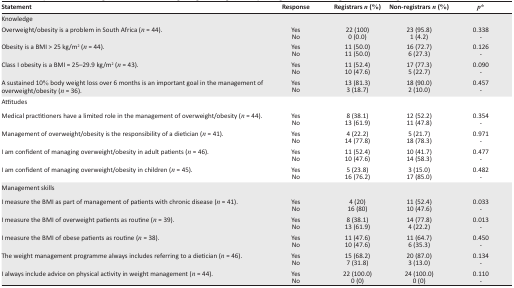
<table><thead><tr><td><b>Statement</b></td><td><b>Response</b></td><td><b>Registrars <i>n</i>(%)</b></td><td><b>Non-registrars <i>n</i>(%)</b></td><td><b><i>p</i>*</b></td></tr></thead><tbody><tr><td>Knowledge</td><td> </td><td> </td><td> </td><td> </td></tr><tr><td>Overweight/obesity is a problem in South Africa ( <i>n</i>= 44).</td><td>YesNo</td><td>22 (100)0(0.0)</td><td>23 (95.8)1(4.2)</td><td>0.338-</td></tr><tr><td>Obesity is a BMI &gt; 25 kg/m<sup>2</sup> ( <i>n</i>= 44).</td><td>YesNo</td><td>11 (50.0)11(50.0)</td><td>16 (72.7)6(27.3)</td><td>0.126-</td></tr><tr><td>Class I obesity is a BMI = 25–29.9 kg/m<sup>2</sup> ( <i>n</i>= 43).</td><td>YesNo</td><td>11 (52.4)10(47.6)</td><td>17 (77.3)5(22.7)</td><td>0.090-</td></tr><tr><td>A sustained 10% body weight loss over 6 months is an important goal in the management of overweight/obesity ( <i>n</i>= 36).</td><td>YesNo</td><td>13 (81.3)3(18.7)</td><td>18 (90.0)2(10.0)</td><td>0.457-</td></tr><tr><td>Attitudes</td><td> </td><td> </td><td> </td><td> </td></tr><tr><td>Medical practitioners have a limited role in the management of overweight/obesity ( <i>n</i>= 44).</td><td>YesNo</td><td>8 (38.1)13(61.9)</td><td>12 (52.2)11(47.8)</td><td>0.354-</td></tr><tr><td>Management of overweight/obesity is the responsibility of a dietician ( <i>n</i>= 41).</td><td>YesNo</td><td>4 (22.2)14(77.8)</td><td>5 (21.7)18(78.3)</td><td>0.971-</td></tr><tr><td>I am confident of managing overweight/obesity in adult patients ( <i>n</i>= 46).</td><td>YesNo</td><td>11 (52.4)10(47.6)</td><td>10 (41.7)14(58.3)</td><td>0.477-</td></tr><tr><td>I am confident of managing overweight/obesity in children ( <i>n</i>= 45).</td><td>YesNo</td><td>5 (23.8)16(76.2)</td><td>3 (15.0)17(85.0)</td><td>0.482-</td></tr><tr><td>Management skills</td><td> </td><td> </td><td> </td><td> </td></tr><tr><td>I measure the BMI as part of management of patients with chronic disease ( <i>n</i>= 41).</td><td>YesNo</td><td>4 (20)16(80)</td><td>11 (52.4)10(47.6)</td><td>0.033-</td></tr><tr><td>I measure the BMI of overweight patients as routine ( <i>n</i>= 39).</td><td>YesNo</td><td>8 (38.1)13(61.9)</td><td>14 (77.8)4(22.2)</td><td>0.013-</td></tr><tr><td>I measure the BMI of obese patients as routine ( <i>n</i>= 38).</td><td>YesNo</td><td>11 (47.6)10(47.6)</td><td>11 (64.7)6(35.3)</td><td>0.450-</td></tr><tr><td>The weight management programme always includes referring to a dietician ( <i>n</i>= 46).</td><td>YesNo</td><td>15 (68.2)7(31.8)</td><td>20 (87.0)3(13.0)</td><td>0.134-</td></tr><tr><td>I always include advice on physical activity in weight management ( <i>n</i>= 44).</td><td>YesNo</td><td>22 (100.0)0(0)</td><td>24 (100.0)0(0)</td><td>0.110-</td></tr></tbody></table>